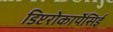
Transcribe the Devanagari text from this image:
डिप्टरोकार्पेसिई